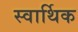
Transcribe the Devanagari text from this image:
स्वार्थिक